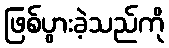
ဖြစ်ပွားခဲ့သည်ကို